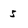
Character: 5